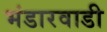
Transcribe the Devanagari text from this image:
भंडारवाडी